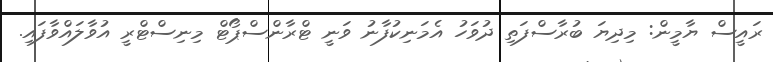
ރައީސް ޔާމީން: މިދިޔަ ބުރާސްފަތި ދުވަހު އެމަނިކުފާނު ވަނީ ޓްރާންސްޕޯޓް މިނިސްޓްރީ އުވާލައްވާފައި.